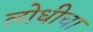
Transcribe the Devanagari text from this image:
लोधीचा